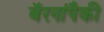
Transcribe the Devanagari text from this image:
बॅरनांपैकी